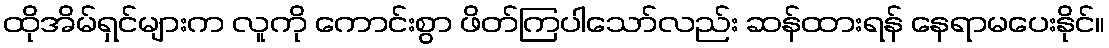
ထိုအိမ်ရှင်များက လူကို ကောင်းစွာ ဖိတ်ကြပါသော်လည်း ဆန်ထားရန် နေရာမပေးနိုင်။